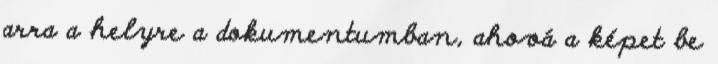
arra a helyre a dokumentumban, ahová a képet be